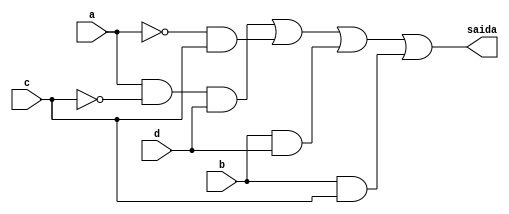
// Nome: Isabella Gonales
// Matrcula: 420120

module metodoreduzirquine ( saida,a,b,c,d );

output saida;
input a,b,c,d;
wire temp1,temp2,temp3,temp4,temp5,temp6;

not NOT1 (temp1,c);
not NOT2 (temp3,a);
and AND1 (temp2,a,temp1,d);
and AND2 (temp4,temp3,c);
and AND3 (temp5,b,d);
and AND4 (temp6,b,c);
or OR1 (saida,temp2,temp4,temp5,temp6);

endmodule

module testguia8;
reg a,b,c,d;
wire saida;

metodoreduzirquine  REDUZIRQUINE ( saida,a,b,c,d );

initial begin:start
        a=0; b=0; c=0; d=0;
end

initial begin: main
#1 $display (" Circuito do exercicio 01-guia8 ");
#1 $display (" a |  b |  c |  d  =  saida ");
  $monitor (" %b  | %b  | %b |  %b  =   %b ",a,b,c,d,saida);
           #1 a=0;    b=0;   c=0;   d=1;
			  #1 a=0;    b=0;   c=1;   d=0;
			  #1 a=0;    b=0;   c=1;   d=1;
			  #1 a=0;    b=1;   c=0;   d=0;
			  #1 a=0;    b=1;   c=0;   d=1;
			  #1 a=0;    b=1;   c=1;   d=0;
			  #1 a=0;    b=1;   c=1;   d=1;
			  #1 a=1;    b=0;   c=0;   d=0;
			  #1 a=1;    b=0;   c=0;   d=1;
			  #1 a=1;    b=0;   c=1;   d=0;
			  #1 a=1;    b=0;   c=1;   d=1;
			  #1 a=1;    b=1;   c=0;   d=0;
			  #1 a=1;    b=1;   c=0;   d=1;
			  #1 a=1;    b=1;   c=1;   d=0;
			  #1 a=1;    b=1;   c=1;   d=1;
			  
			  
			  
end
endmodule



/* Registrando os resultados

    
     Circuito do exercicio 01-guia8 
     a | b | c | d  =   saida 
     0  | 0  | 0 |  0   =  0 
     0  | 0  | 0 |  1   =  0 
     0  | 0  | 1 |  0   =  1 
     0  | 0  | 1 |  1   =  1 
     0  | 1  | 0 |  0   =  0 
     0  | 1  | 0 |  1   =  1 
     0  | 1  | 1 |  0   =  1 
     0  | 1  | 1 |  1   =  1 
     1  | 0  | 0 |  0   =  0 
     1  | 0  | 0 |  1   =  1 
     1  | 0  | 1 |  0   =  0 
     1  | 0  | 1 |  1   =  0 
     1  | 1  | 0 |  0   =  0 
     1  | 1  | 0 |  1   =  1 
     1  | 1  | 1 |  0   =  1 
     1  | 1  | 1 |  1   =  1 
    
     ----jGRASP: operation complete.
	  */